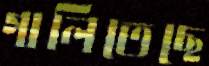
গালিতেছে